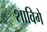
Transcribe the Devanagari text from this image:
शाविगे